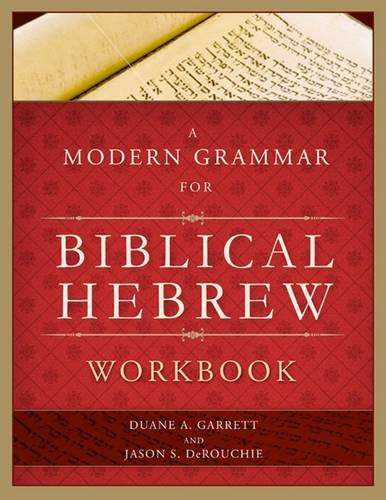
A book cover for A Modern Grammar for Biblical Hebrew Workbook; Duane A. Garrett; Literature & Fiction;